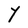
Character: Y